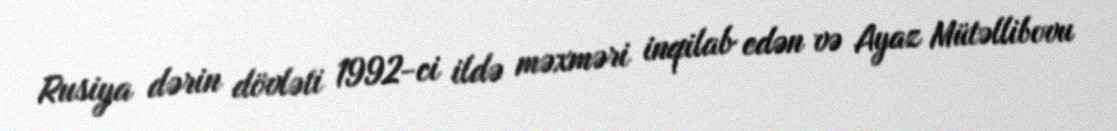
Rusiya dərin dövləti 1992-ci ildə məxməri inqilab edən və Ayaz Mütəllibovu